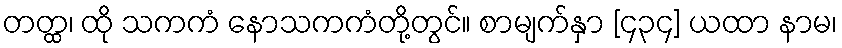
တတ္ထ၊ ထို သကကံ နောသကကံတို့တွင်။ စာမျက်နှာ [၄၃၄] ယထာ နာမ၊